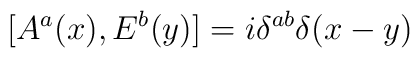
[ A^a(x),E^b(y)]=i\delta^{ab}\delta(x-y)